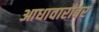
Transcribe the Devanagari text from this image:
आधावारावर